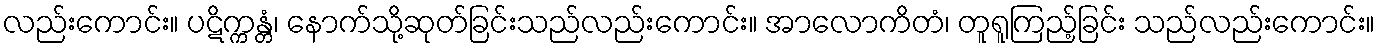
လည်းကောင်း။ ပဋိက္ကန္တံ၊ နောက်သို့ဆုတ်ခြင်းသည်လည်းကောင်း။ အာလောကိတံ၊ တူရူကြည့်ခြင်း သည်လည်းကောင်း။